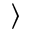
\rangle